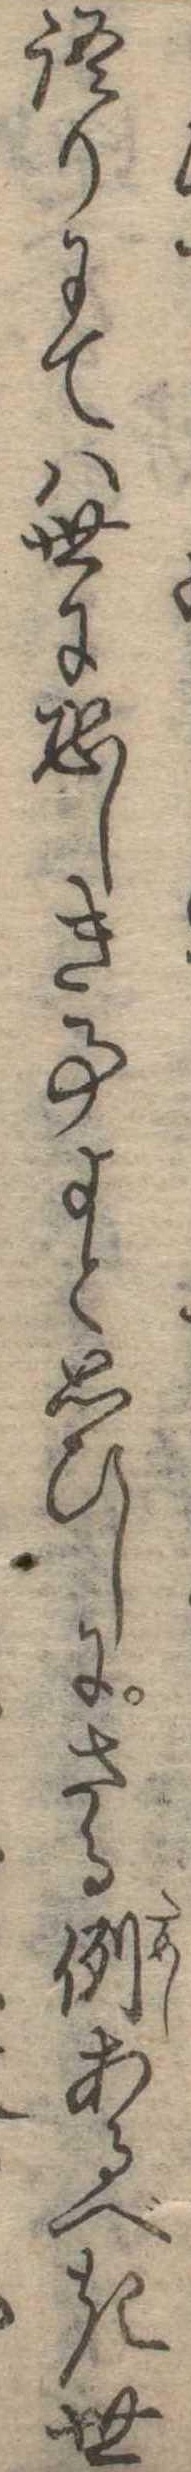
語りにては世に恐しき事よと思ひしにさる例あるべき世